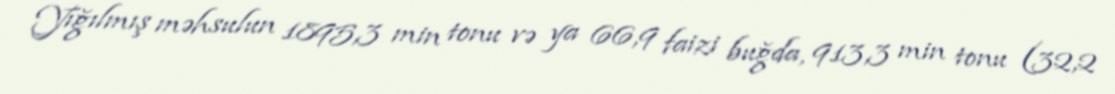
Yığılmış məhsulun 1895,3 min tonu və ya 66,9 faizi buğda, 913,3 min tonu (32,2